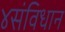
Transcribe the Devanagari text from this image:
४संविधान